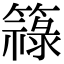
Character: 簶